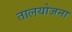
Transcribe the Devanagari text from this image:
तालयोजना